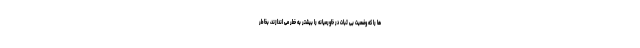
ها را که وضعیت بی ثبات در خاورمیانه را بیشتر به خطر می اندازند، بخاطر